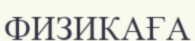
ФИЗИКАҒА